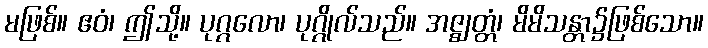
မဖြစ်။ ဧဝံ၊ ဤသို့။ ပုဂ္ဂလော၊ ပုဂ္ဂိုလ်သည်။ အဇ္ဈတ္တံ၊ မိမိသန္တာ၌ဖြစ်သော။